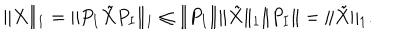
LaTeX: \| X \| _ { 1 } = \| P _ { I } \tilde { X } P _ { I } \| _ { 1 } \le \| P _ { I } \| \| \tilde { X } \| _ { 1 } \| P _ { I } \| = \| \tilde { X } \| _ { 1 } .